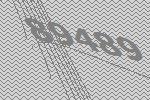
89489